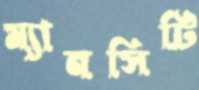
ম্যানসিটি